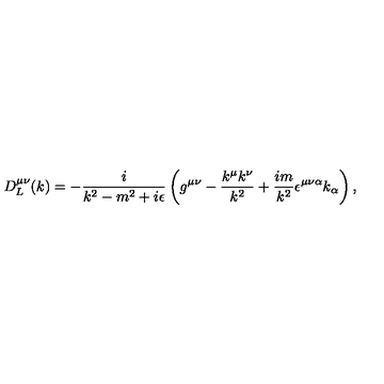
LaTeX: D _ { L } ^ { \mu \nu } ( k ) = - \frac { i } { k ^ { 2 } - m ^ { 2 } + i \epsilon } \left( g ^ { \mu \nu } - \frac { k ^ { \mu } k ^ { \nu } } { k ^ { 2 } } + \frac { i m } { k ^ { 2 } } \epsilon ^ { \mu \nu \alpha } k _ { \alpha } \right) ,